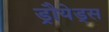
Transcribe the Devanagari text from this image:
ड्रौयेड्स